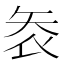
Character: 𭿾